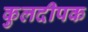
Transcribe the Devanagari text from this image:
कुलदीपक